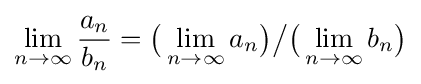
\lim _{n\to \infty }{\frac {a_{n}}{b_{n}}}={\bigl (}\lim \limits _{n\to \infty }a_{n}{\bigr )}{\big /}{\bigl (}\lim \limits _{n\to \infty }b_{n}{\bigr )}